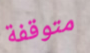
متوقفة